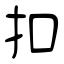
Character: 扣